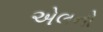
એલનો